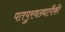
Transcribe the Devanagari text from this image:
पतपुरवठ्यापैकी